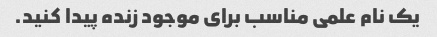
یک نام علمی مناسب برای موجود زنده پیدا کنید.